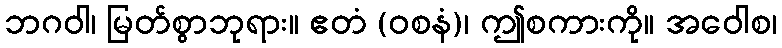
ဘဂဝါ၊ မြတ်စွာဘုရား။ ဧတံ (ဝစနံ)၊ ဤစကားကို။ အဝေါစ၊